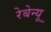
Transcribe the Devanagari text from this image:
रेबेन्यू